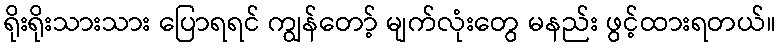
ရိုးရိုးသားသား ပြောရရင် ကျွန်တော့် မျက်လုံးတွေ မနည်း ဖွင့်ထားရတယ်။